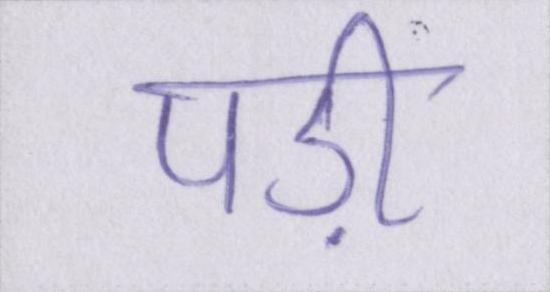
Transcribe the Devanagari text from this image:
पड़ी